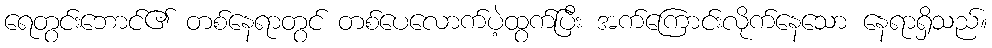
ရေတွင်းဘောင်၏ တစ်နေရာတွင် တစ်ပေလောက်ပဲ့ထွက်ပြီး အက်ကြောင်းလိုက်နေသော နေရာရှိသည်။